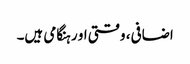
اضافی، وقتی او رہنگامی ہیں۔